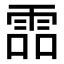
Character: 𩂩